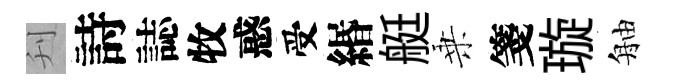
刋詩誌牧惑受緡艇乗箋璇舳